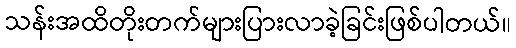
သန်းအထိတိုးတက်များပြားလာခဲ့ခြင်းဖြစ်ပါတယ်။